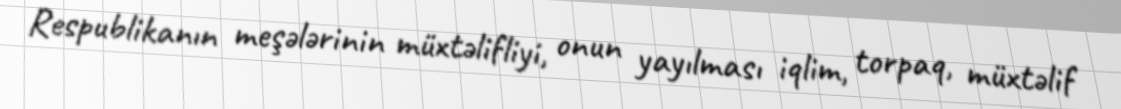
Respublikanın meşələrinin müxtəlifliyi, onun yayılması iqlim, torpaq, müxtəlif